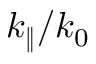
k _ { \Vert } / k _ { 0 }